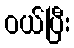
ဝယ်ပြီး